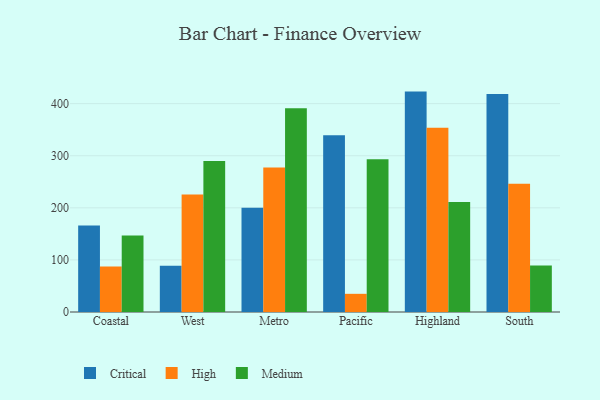
{"axis": {"x": "Region", "y": "LTV (USD)"}, "legend": ["Critical", "High", "Medium"], "data": [{"x": "Coastal", "y": 166.0, "type": "Critical"}, {"x": "Coastal", "y": 87.3, "type": "High"}, {"x": "Coastal", "y": 146.9, "type": "Medium"}, {"x": "West", "y": 88.7, "type": "Critical"}, {"x": "West", "y": 225.5, "type": "High"}, {"x": "West", "y": 289.7, "type": "Medium"}, {"x": "Metro", "y": 200.2, "type": "Critical"}, {"x": "Metro", "y": 277.3, "type": "High"}, {"x": "Metro", "y": 391.1, "type": "Medium"}, {"x": "Pacific", "y": 339.1, "type": "Critical"}, {"x": "Pacific", "y": 34.9, "type": "High"}, {"x": "Pacific", "y": 293.0, "type": "Medium"}, {"x": "Highland", "y": 423.1, "type": "Critical"}, {"x": "Highland", "y": 353.6, "type": "High"}, {"x": "Highland", "y": 211.0, "type": "Medium"}, {"x": "South", "y": 418.4, "type": "Critical"}, {"x": "South", "y": 246.1, "type": "High"}, {"x": "South", "y": 89.5, "type": "Medium"}]}